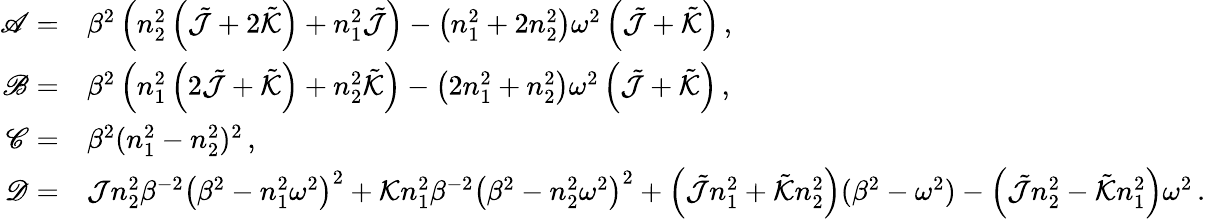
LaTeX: \begin{array}{rl}{\mathscr{A}=}&{\beta^{2}\left(n_{2}^{2}\left(\tilde{\mathcal{J}}+2\tilde{\mathcal{K}}\right)+n_{1}^{2}\tilde{\mathcal{J}}\right)-\left(n_{1}^{2}+2n_{2}^{2}\right)\omega^{2}\left(\tilde{\mathcal{J}}+\tilde{\mathcal{K}}\right)\, ,}\\ {\mathscr{B}=}&{\beta^{2}\left(n_{1}^{2}\left(2\tilde{\mathcal{J}}+\tilde{\mathcal{K}}\right)+n_{2}^{2}\tilde{\mathcal{K}}\right)-\left(2n_{1}^{2}+n_{2}^{2}\right)\omega^{2}\left(\tilde{\mathcal{J}}+\tilde{\mathcal{K}}\right)\, ,}\\ {\mathscr{C}=}&{\beta^{2}(n_{1}^{2}-n_{2}^{2})^{2}\, ,}\\ {\mathscr{D}=}&{\mathcal{J}n_{2}^{2}\beta^{-2}\left(\beta^{2}-n_{1}^{2}\omega^{2}\right)^{2}+\mathcal{K}n_{1}^{2}\beta^{-2}\left(\beta^{2}-n_{2}^{2}\omega^{2}\right)^{2}+\left(\tilde{\mathcal{J}}n_{1}^{2}+\tilde{\mathcal{K}}n_{2}^{2}\right)(\beta^{2}-\omega^{2})-\left(\tilde{\mathcal{J}}n_{2}^{2}-\tilde{\mathcal{K}}n_{1}^{2}\right)\omega^{2}\, .}\end{array}